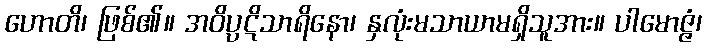
ဟောတိ၊ ဖြစ်၏။ အဝိပ္ပဋိသာရိနော၊ နှလုံးမသာယာမရှိသူအား။ ပါမောဇ္ဇံ၊